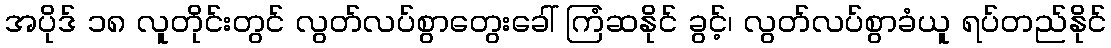
အပိုဒ် ၁၈ လူတိုင်းတွင် လွတ်လပ်စွာတွေးခေါ် ကြံဆနိုင် ခွင့်၊ လွတ်လပ်စွာခံယူ ရပ်တည်နိုင်